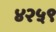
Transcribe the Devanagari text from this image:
४२५९